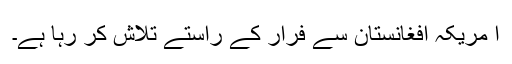
ا مریکہ افغانستان سے فرار کے راستے تلاش کر رہا ہے۔